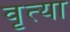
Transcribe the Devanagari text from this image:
वृत्या